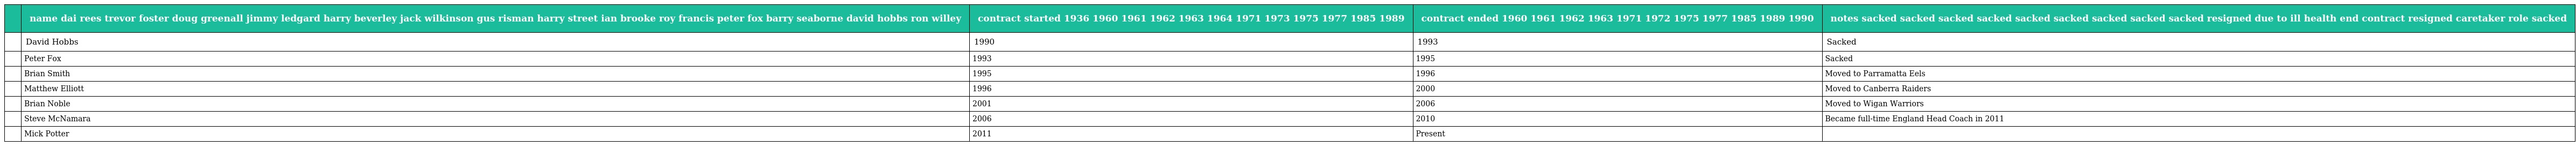
|  | name dai rees trevor foster doug greenall jimmy ledgard harry beverley jack wilkinson gus risman harry street ian brooke roy francis peter fox barry seaborne david hobbs ron willey | contract started 1936 1960 1961 1962 1963 1964 1971 1973 1975 1977 1985 1989 | contract ended 1960 1961 1962 1963 1971 1972 1975 1977 1985 1989 1990 | notes sacked sacked sacked sacked sacked sacked sacked sacked sacked resigned due to ill health end contract resigned caretaker role sacked |
 | --- | --- | --- | --- | --- |
 |  | David Hobbs | 1990 | 1993 | Sacked |
 |  | Peter Fox | 1993 | 1995 | Sacked |
 |  | Brian Smith | 1995 | 1996 | Moved to Parramatta Eels |
 |  | Matthew Elliott | 1996 | 2000 | Moved to Canberra Raiders |
 |  | Brian Noble | 2001 | 2006 | Moved to Wigan Warriors |
 |  | Steve McNamara | 2006 | 2010 | Became full-time England Head Coach in 2011 |
 |  | Mick Potter | 2011 | Present |  |